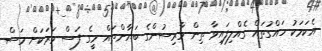
އެކަމަކު ހައްގުތައް ގެއްލިފައިވާ ތިން ވާރިސުންގެ ބަޔާންތައް މީގެ ފަސް ވަރަކަށް މަސް